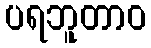
ပရဘူတာဝ